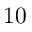
1 0